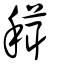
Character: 穁